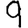
Digit: 9